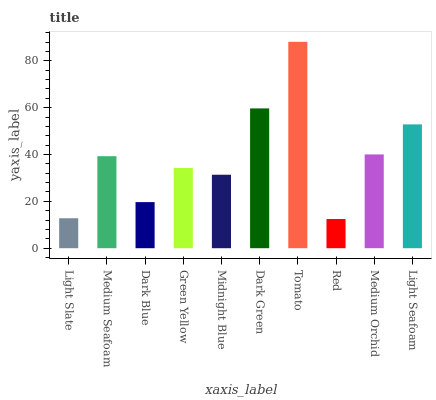
| xaxis_label | bars |
 | --- | --- |
 | Light Slate | 12.8 |
 | Medium Seafoam | 39.3 |
 | Dark Blue | 19.7 |
 | Green Yellow | 34.2 |
 | Midnight Blue | 31.4 |
 | Dark Green | 59.7 |
 | Tomato | 88.1 |
 | Red | 12.5 |
 | Medium Orchid | 40 |
 | Light Seafoam | 52.9 |